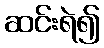
ဆင်းရဲ၍